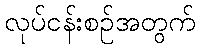
လုပ်ငန်းစဉ်အတွက်